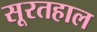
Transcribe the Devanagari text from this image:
सूरतहाल